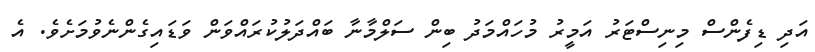
އަދި ޑިފެންސް މިނިސްޓަރު އަމީރު މުހައްމަދު ބިން ސަލްމާނާ ބައްދަލުކުރައްވަން ވަޑައިގެންނެވުމަށެވެ. އެ